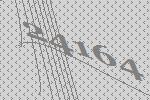
24164